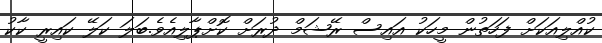
ކުއްލިއަކަށް ފަހަތުން މީހަކު އައިސް ރޭޝަމް ދުރަށް ކޮށްޕާލިއެވެ.ބަލަ ކަލޭ ކައިރީ ކާކު